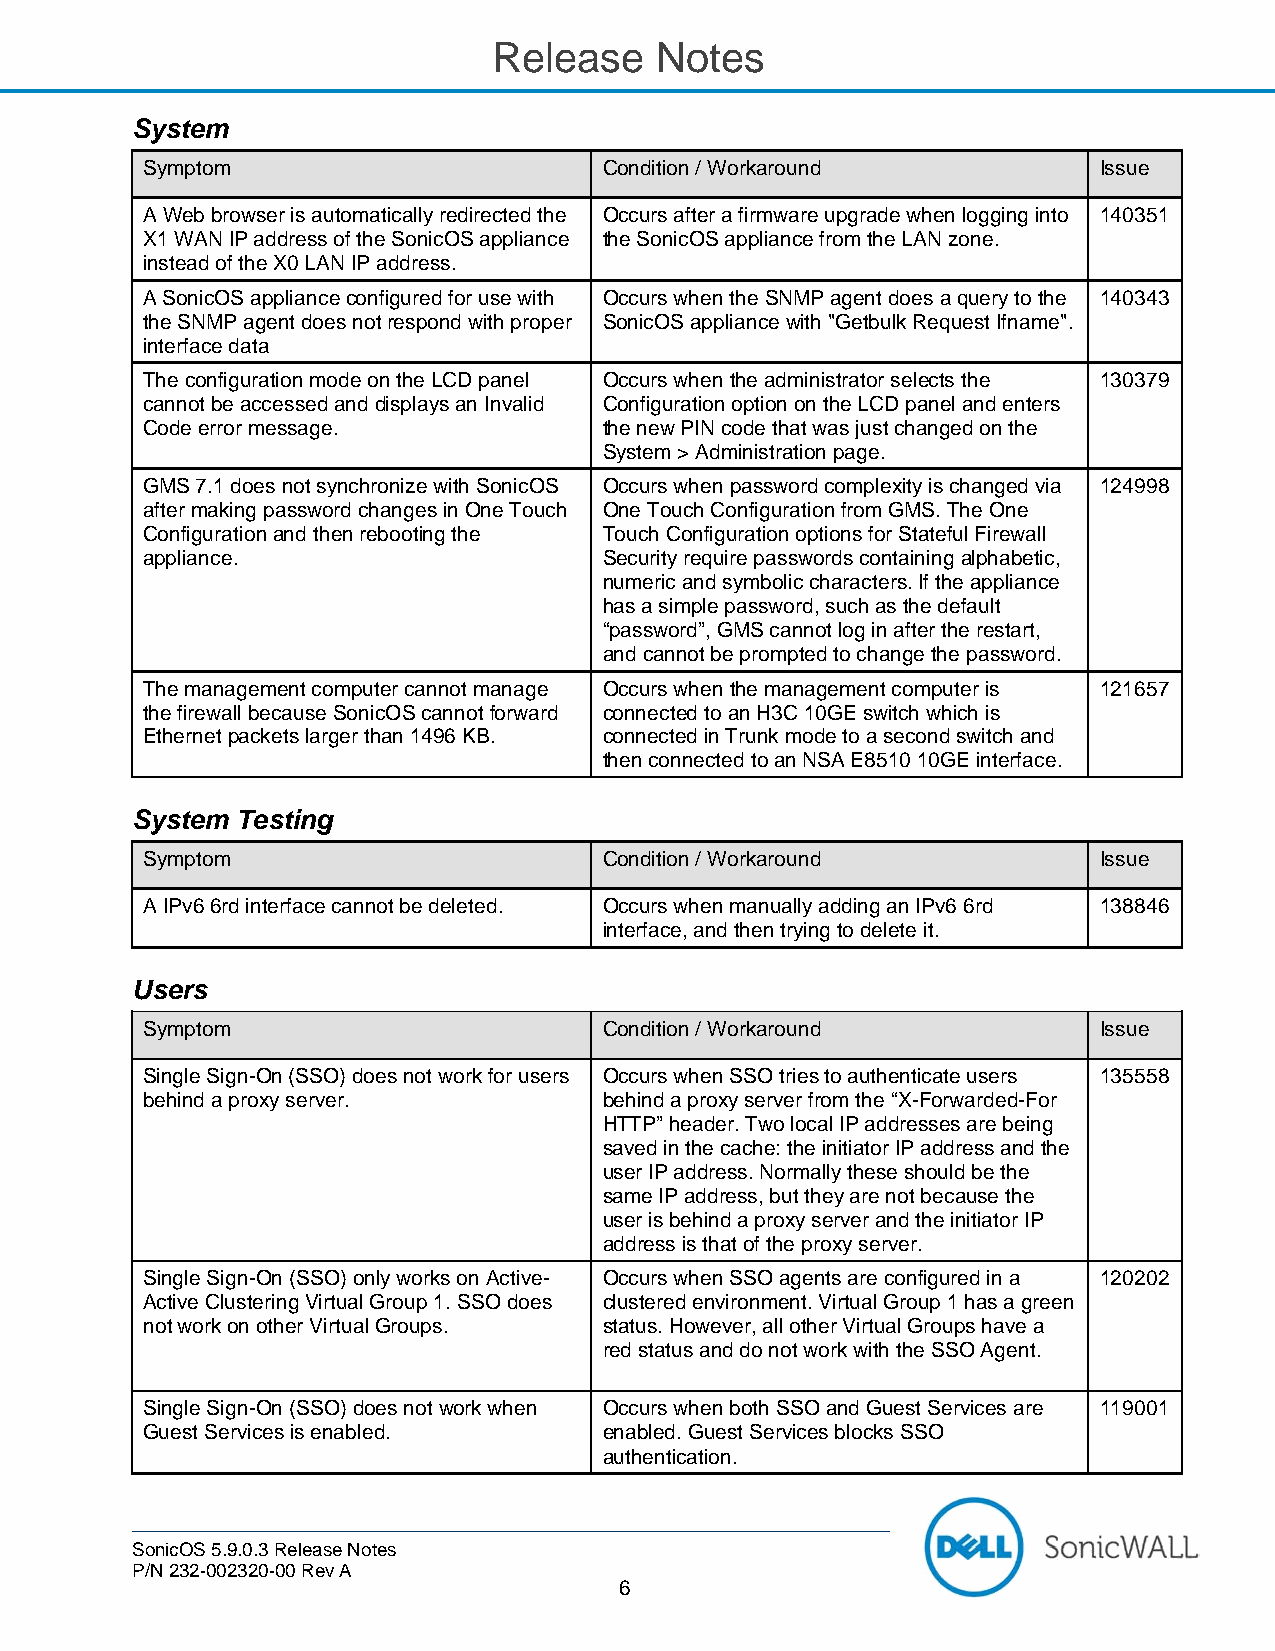
Release   Notes
 System
 Symptom                        Condition / Workaround           Issue
 A Web browser is automatically redirected the Occurs after a firmware upgrade when logging into 140351
 X1 WAN IP address of the SonicOS appliance the SonicOS appliance from the LAN zone.
 instead of the X0 LAN IP address.
 A SonicOS appliance configured for use with Occurs when the SNMP agent does a query to the 140343
 the SNMP agent does not respond with proper SonicOS appliance with "Getbulk Request Ifname".
 interface data
 The configuration mode on the LCD panel Occurs when the administrator selects the 130379
 cannot be accessed and displays an Invalid Configuration option on the LCD panel and enters
 Code error message.            the new PIN code that was just changed on the
 System > Administration page.
 GMS 7.1 does not synchronize with SonicOS Occurs when password complexity is changed via 124998
 after making password changes in One Touch One Touch Configuration from GMS. The One
 Configuration and then rebooting the Touch Configuration options for Stateful Firewall
 appliance.                     Security require passwords containing alphabetic,
 numeric and symbolic characters. If the appliance
 has a simple password, such as the default
 “password”, GMS cannot log in after the restart,
 and cannot be prompted to change the password.
 The management computer cannot manage Occurs when the management computer is 121657
 the firewall because SonicOS cannot forward connected to an H3C 10GE switch which is
 Ethernet packets larger than 1496 KB. connected in Trunk mode to a second switch and
 then connected to an NSA E8510 10GE interface.
 System Testing
 Symptom                        Condition / Workaround           Issue
 A IPv6 6rd interface cannot be deleted. Occurs when manually adding an IPv6 6rd 138846
 interface, and then trying to delete it.
 Users
 Symptom                        Condition / Workaround           Issue
 Single Sign-On (SSO) does not work for users Occurs when SSO tries to authenticate users 135558
 behind a proxy server.         behind a proxy server from the “X-Forwarded-For
 HTTP” header. Two local IP addresses are being
 saved in the cache: the initiator IP address and the
 user IP address. Normally these should be the
 same IP address, but they are not because the
 user is behind a proxy server and the initiator IP
 address is that of the proxy server.
 Single Sign-On (SSO) only works on Active- Occurs when SSO agents are configured in a 120202
 Active Clustering Virtual Group 1. SSO does clustered environment. Virtual Group 1 has a green
 not work on other Virtual Groups. status. However, all other Virtual Groups have a
 red status and do not work with the SSO Agent.
 Single Sign-On (SSO) does not work when Occurs when both SSO and Guest Services are 119001
 Guest Services is enabled.     enabled. Guest Services blocks SSO
 authentication.
 SonicOS 5.9.0.3 Release Notes
 P/N 232-002320-00 Rev A
 6